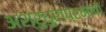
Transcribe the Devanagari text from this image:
अश्रुधुराप्रमाणे